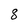
Character: 8